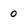
Character: 0